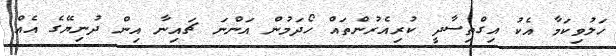
ހަލުވިކަމާ އެކު އިގްތިސާދީ ކުރިއެރުންތައް ހޯދަމުން އަންނަ ޗައިނާ އިން ދުނިޔޭގެ އެއް